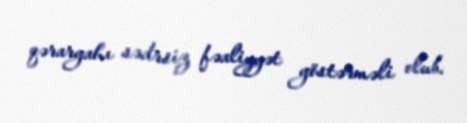
qərargahı sədrsiz fəaliyyət göstərməli olub.